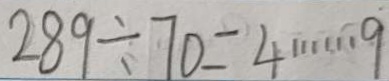
2 8 9 \div 7 0 = 4 \cdots 9